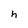
Character: h